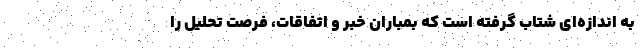
به اندازه‌ای شتاب گرفته است که بمباران خبر و اتفاقات، فرصت تحلیل را